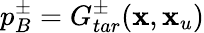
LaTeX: p_{B}^{\pm}=G_{tar}^{\pm}(\textbf{x},\textbf{x}_{u})